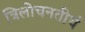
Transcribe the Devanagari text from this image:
त्रिलोचनतीर्थ